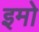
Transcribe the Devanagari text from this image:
इमो